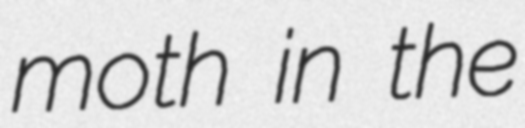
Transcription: moth in the